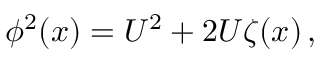
\phi ^ { 2 } ( x ) = U ^ { 2 } + 2 U \zeta ( x ) \, ,